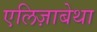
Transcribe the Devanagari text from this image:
एलिज़ाबेथा